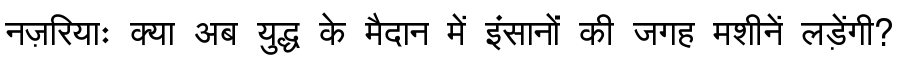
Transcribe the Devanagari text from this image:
नज़रियाः क्या अब युद्ध के मैदान में इंसानों की जगह मशीनें लड़ेंगी?